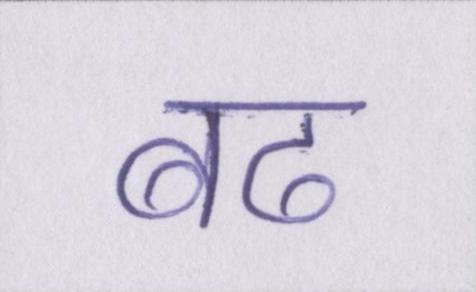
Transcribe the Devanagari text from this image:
बढ